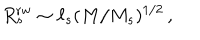
R _ { s } ^ { \mathrm { r w } } \sim \ell _ { s } ( M / M _ { s } ) ^ { 1 / 2 } \, ,